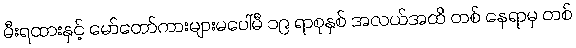
မီးရထားနှင့် မော်တော်ကားများမပေါ်မီ ၁၉ ရာစုနှစ် အလယ်အထိ တစ် နေရာမှ တစ်